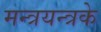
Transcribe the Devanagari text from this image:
मन्त्रयन्त्रके